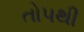
તોપથી